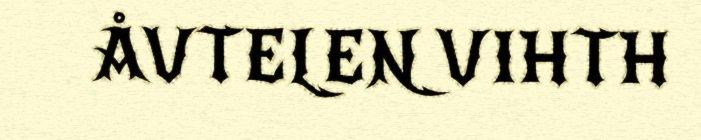
ÅVTELEN VIHTH